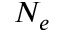
N _ { e }